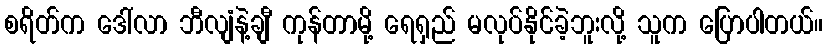
စရိတ်က ဒေါ်လာ ဘီလျံနဲ့ချီ ကုန်တာမို့ ရေရှည် မလုပ်နိုင်ခဲ့ဘူးလို့ သူက ပြောပါတယ်။